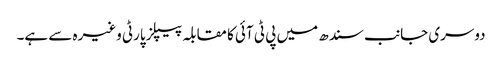
دوسری جانب سندھ میں پی ٹی آئی کا مقابلہ پیپلز پارٹی وغیرہ سے ہے۔